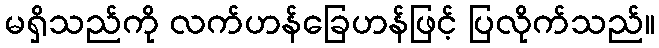
မရှိသည်ကို လက်ဟန်ခြေဟန်ဖြင့် ပြလိုက်သည်။